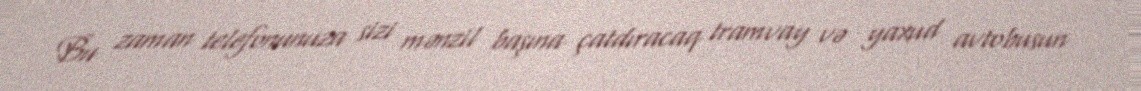
Bu zaman telefonunuza sizi mənzil başına çatdıracaq tramvay və yaxud avtobusun